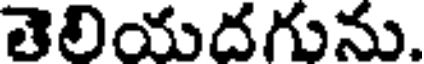
తెలియదగును.